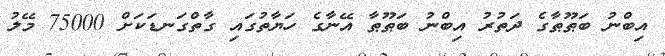
އިބްނު ބަޠޫޠާގެ ދަތުރު އިބްނު ބަޠޫޠާ އޭނާގެ ހަޔާތުގައި ގާތްގަނޑަކަށް 75000 މޭލު